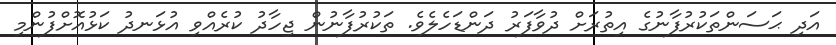
އަދި ޙަސަންތަކުރުފާނުގެ އިތުރަށް ދުވާފަރު ދަންޑަހެލެވެ. ތަކުރުފާނުން ޖިހާދު ކުރެއްވި އުޅަނދު ކަޅުއޮށްފުންމި